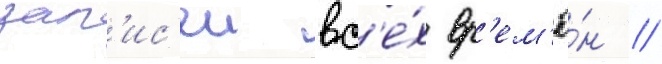
зап'ис'еи вс'е́х вр'ем'ё́н //